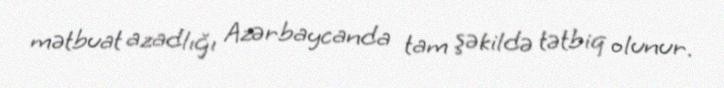
mətbuat azadlığı Azərbaycanda tam şəkildə tətbiq olunur.